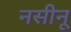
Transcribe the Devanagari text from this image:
नसीनू